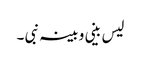
لیس بینی و بینہ نبی ۔